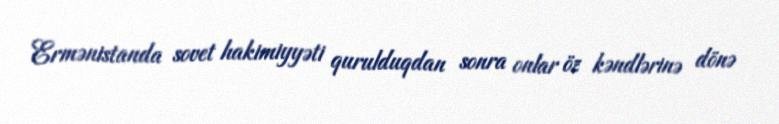
Ermənistanda sovet hakimiyyəti qurulduqdan sonra onlar öz kəndlərinə dönə